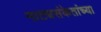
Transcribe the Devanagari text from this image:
नाट्यसंकेतांच्या